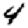
Digit: 4